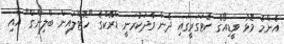
އެންމެ މޮޅު ވީޑިއޯގެ ކެޓަގަރީގައި ދެން ވާދަކުރަނީ ޑްރޭކްގެ "ހޮޓްލައިން ބްލިންގް" އާއި